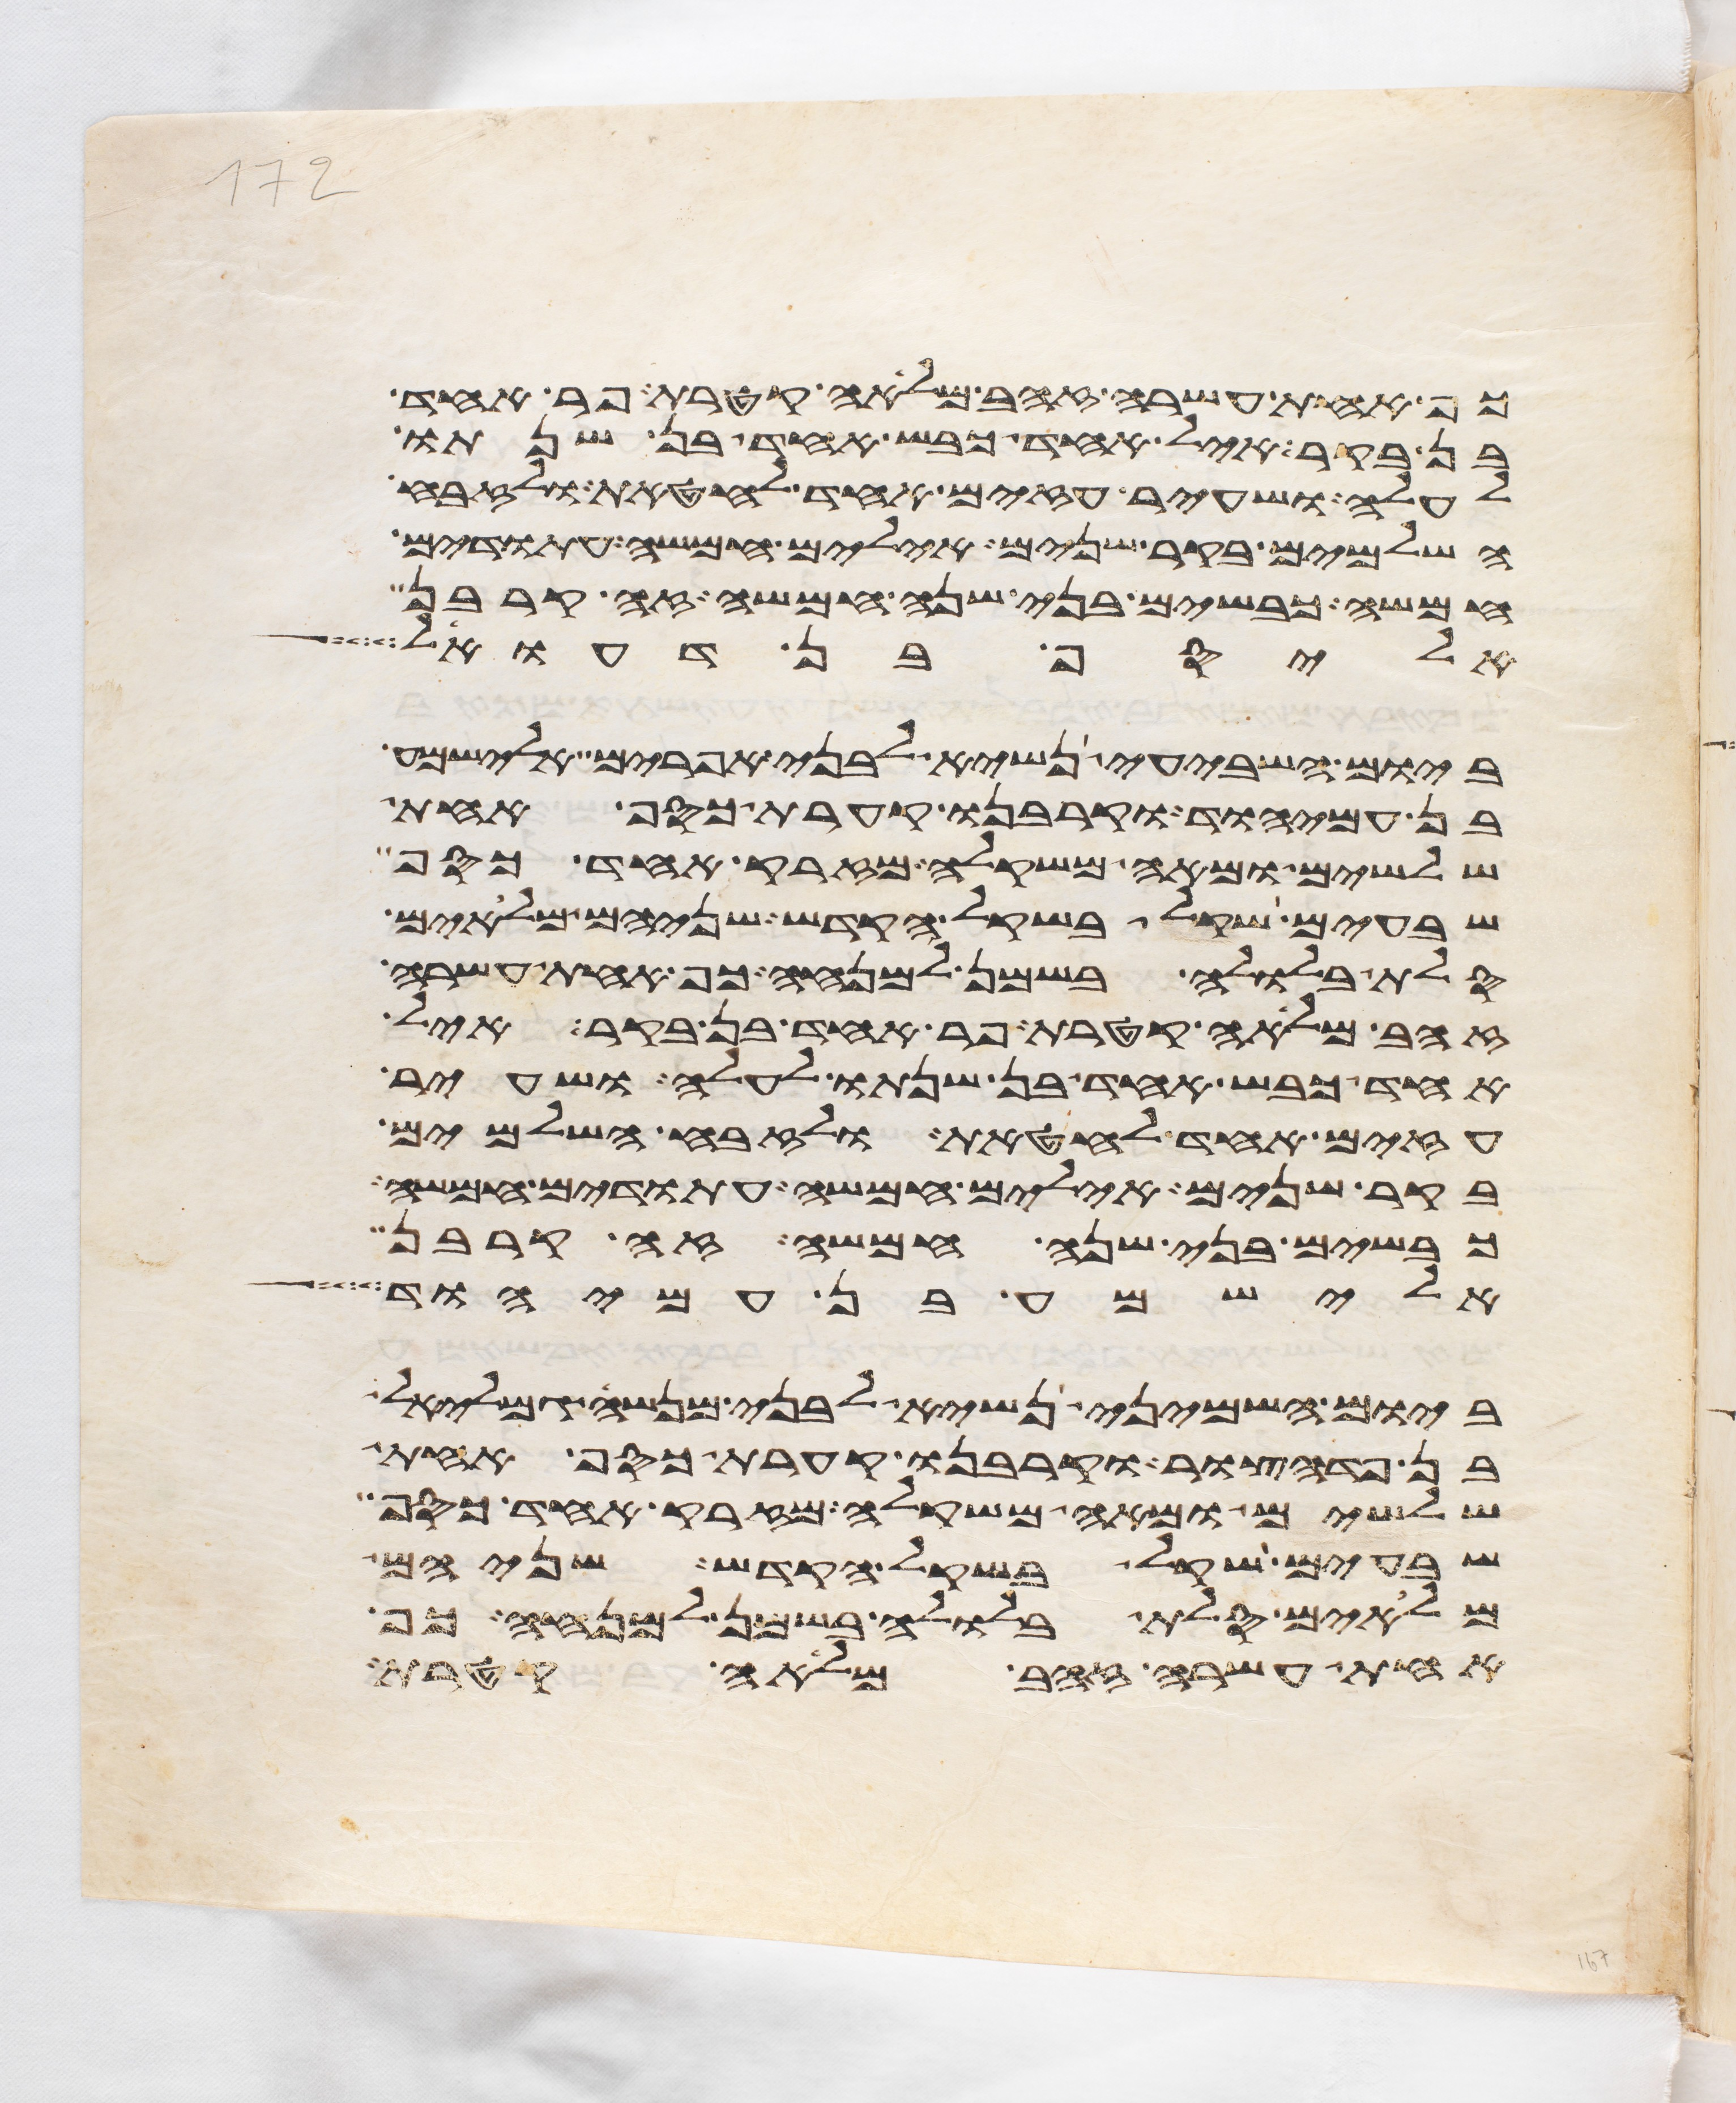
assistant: כף אחת עשרה זהב מלאה קטרת פר אחד
בן בקר איל אחד כבש אחד בן שנתו
לעלה ושעיר עזים אחד לחטאת ולזבח
השלמים בקר שנים אילים חמשה עתודים
חמשה כבשים בני שנה חמשה זה קרבן
אליסף בן דעואל
ביום השביעי נשיא לבני אפרים אלישמע
בן עמיהוד וקרבנו קערת כסף אחת
שלשים ומאה משקלה מזרק אחד כסף
שבעים שקל בשקל הקדש שניהם מלאים
סלת בלולה בשמן למנחה כף אחת עשרה
זהב מלאה קטרת פר אחד בן בקר איל
אחד כבש אחד בן שנתו לעלה ושעיר
עזים אחד לחטאת ולזבח השלמים
בקר שנים אילים חמשה עתודים חמשה
כבשים בני שנה חמשה זה קרבן
אלישמע בן עמיהוד
ביום השמיני נשיא לבני מנשה גמלאל
בן פדהצור וקרבנו קערת כסף אחת
שלשים ומאה משקלה מזרק אחד כסף
שבעים שקל בשקל הקדש שניהם
מלאים סלת בלולה בשמן למנחה כף
אחת עשרה זהב מלאה קטרת